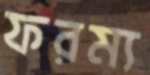
ফরম্য